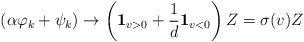
LaTeX: \begin{align*}\left(\alpha\varphi_k + \psi_k\right) \to \left( \mathbf{1}_{v>0} + \frac{1}{d} \mathbf{1}_{v< 0} \right) Z = \sigma(v) Z\end{align*}